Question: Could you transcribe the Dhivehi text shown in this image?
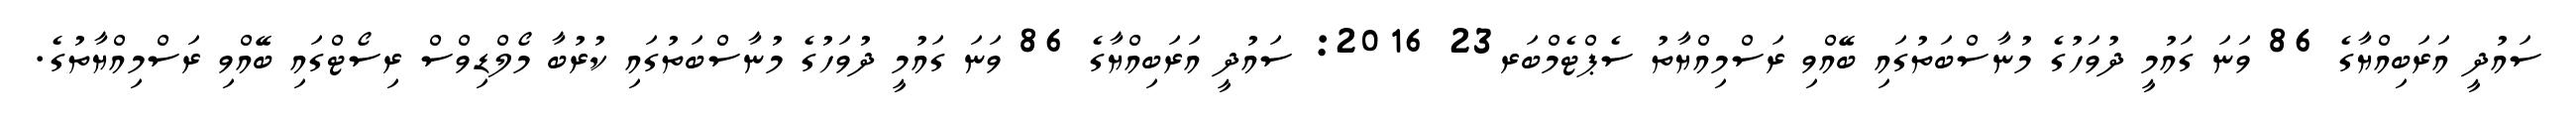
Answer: ސައުދީ އަރަބިއްޔާގެ 86 ވަނަ ގައުމީ ދުވަހުގެ މުނާސްބަތުގައި ބޭއްވި ރަސްމިއްޔާތު ސެޕްޓެމްބަރ23 2016: ސައުދީ އަރަބިއްޔާގެ 86 ވަނަ ގައުމީ ދުވަހުގެ މުނާސްބަތުގައި ކުރުބާ މޯލްޑިވްސް ރިސޯޓްގައި ބޭއްވި ރަސްމިއްޔާތުގެ.